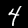
Label: 4